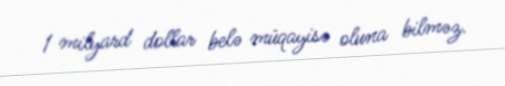
1 milyard dollar belə müqayisə oluna bilməz.